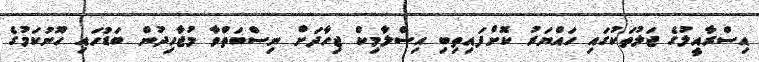
އިސްރާއީލުގެ ޖަލުތަކުގައި ހައްޔަރު ކޮށްފައިތިބި އިސްލާމިކް ޖިހާދަށް ނިސްބަތްވާ މުޖާހިދުން ބަޑުހައި ހޫނުކަމުގެ